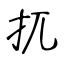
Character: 扤